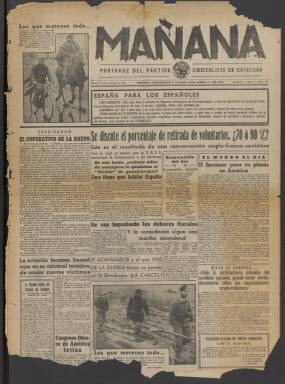
Título: Mañana (Barcelona)
Colección: Periódicos
Ámbito geográfico: Barcelona
Lugar de publicación: Barcelona
Fechas: 13/11/1937-16/06/1938